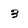
Character: 3